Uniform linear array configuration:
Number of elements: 16
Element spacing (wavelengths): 1
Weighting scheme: exponential
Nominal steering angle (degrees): -30
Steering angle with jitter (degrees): -30.671
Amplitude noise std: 0.05
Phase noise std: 0.05

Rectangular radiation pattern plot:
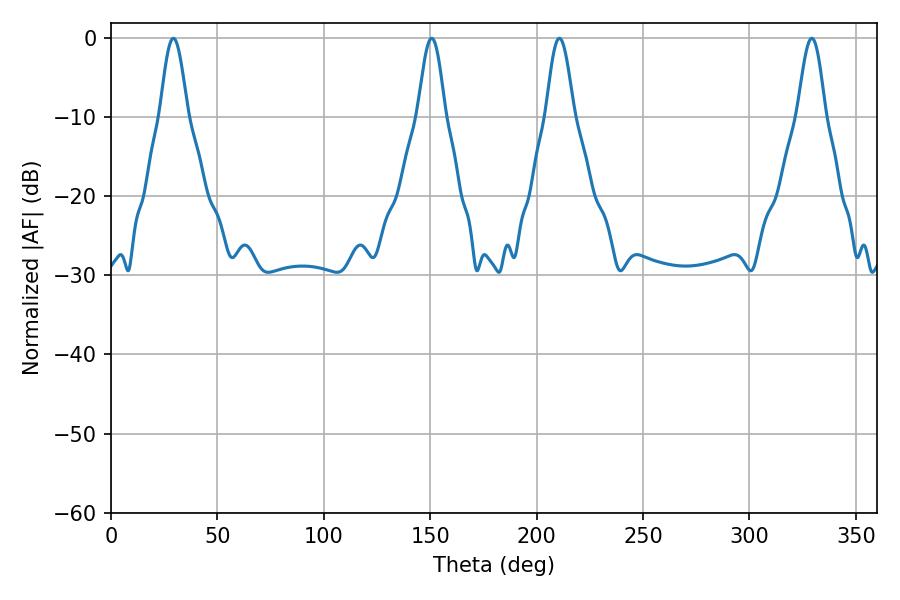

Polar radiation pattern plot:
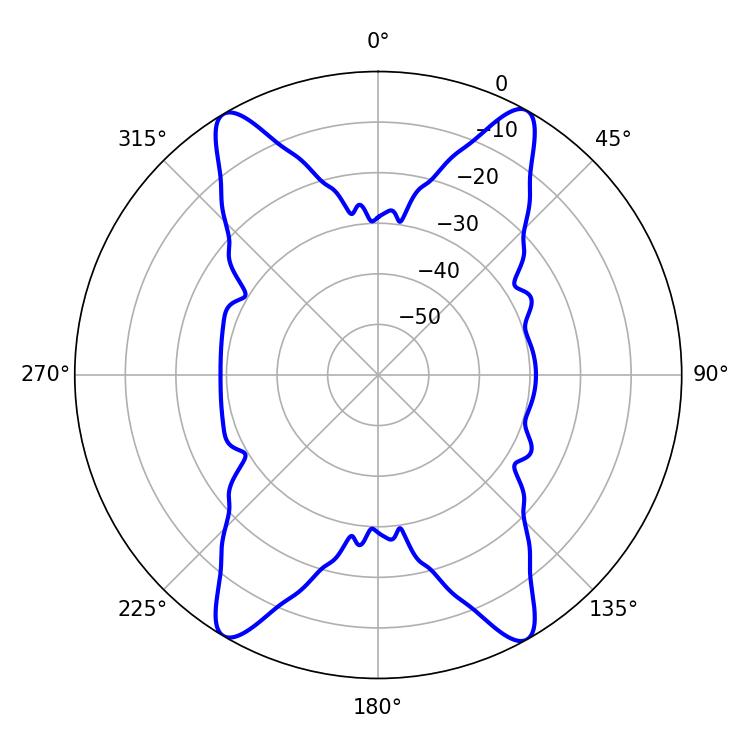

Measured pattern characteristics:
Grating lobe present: TRUE
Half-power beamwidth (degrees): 6.84
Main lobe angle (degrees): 29.34